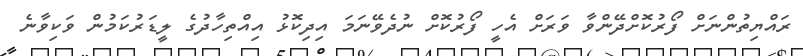
ރައްޔިތުންނަށް ފޯރުކޮށްދޭންވާ ވަރަށް އެހީ ފޯރުކޮށް ނުދެވޭނަމަ އިދިކޮޅު އިއްތިހާދުގެ ލީޑަރުކަމުން ވަކިވާނެ